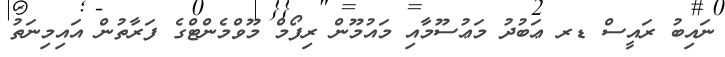
ނައިބު ރައީސް ޑރ ޢަބުދު މަޢުސޫމާއި މައުމޫން ރިފޯމް މޫވްމެންޓްގެ ފަރާތުން އައިމިނަތު